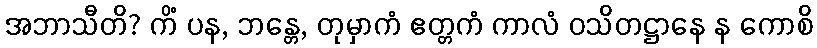
အဘာသီတိ? ကိံ ပန, ဘန္တေ, တုမှာကံ ဧတ္တကံ ကာလံ ဝသိတဋ္ဌာနေ န ကောစိ